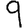
Digit: 9